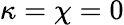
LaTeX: \kappa=\chi=0